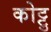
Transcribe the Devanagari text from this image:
कोट्टु